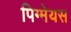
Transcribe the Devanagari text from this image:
पिग्मेयस